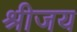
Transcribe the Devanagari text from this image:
श्रीजय